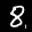
Label: 8